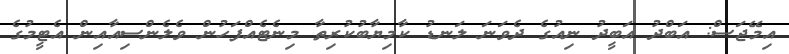
އިމޭޖަސް: އަބްދު އަބީދު ނިއުގެ ދެވަނަ ލަނޑު ކާމިޔާބުކުރިތާ މިނެޓެއްފަހުން ވެލެންސިއާއިން އެޓީމުގެ